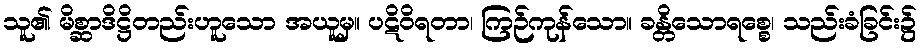
သူ၏ မိစ္ဆာဒိဋ္ဌိတည်းဟူသော အယူမှ။ ပဋိဝိရတာ၊ ကြဉ်ကုန်သော။ ခန္တိသောရစ္စေ၊ သည်းခံခြင်း၌